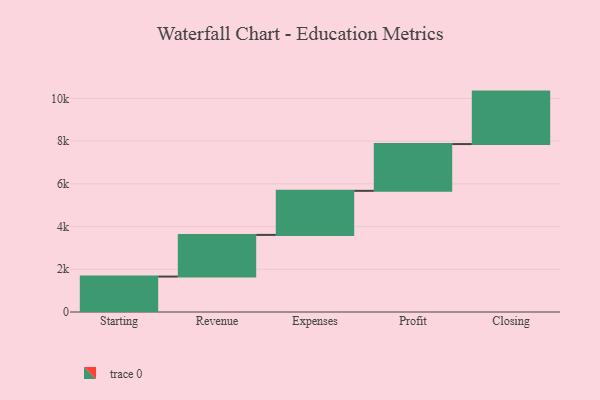
{"axis": {"x": "Step", "y": "Value"}, "legend": [""], "data": [{"x": "Starting", "y": 1659.0, "type": ""}, {"x": "Revenue", "y": 1951.0, "type": ""}, {"x": "Expenses", "y": 2063.0, "type": ""}, {"x": "Profit", "y": 2190.0, "type": ""}, {"x": "Closing", "y": 2456.0, "type": ""}]}